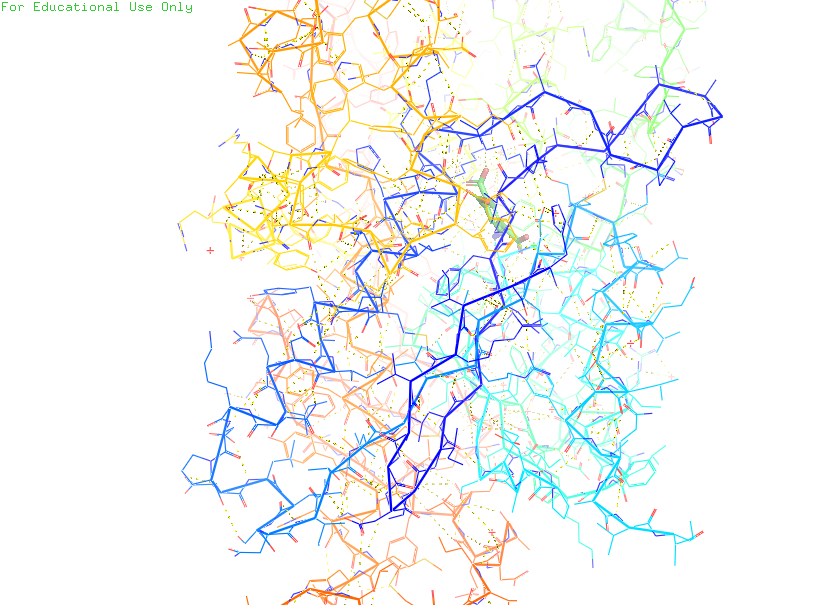
pymol, preset, technical